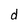
Character: d